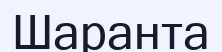
Шаранта